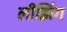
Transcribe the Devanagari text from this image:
लीझिंग